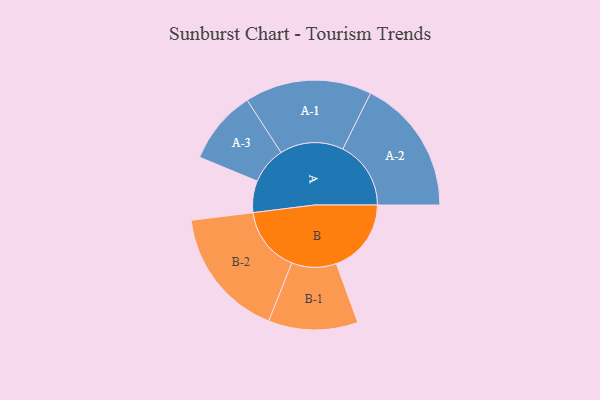
{"axis": {"x": "Segment", "y": "Value"}, "legend": ["", "A", "B"], "data": [{"x": "A", "y": 111, "type": ""}, {"x": "B", "y": 263, "type": ""}, {"x": "A-1", "y": 223, "type": "A"}, {"x": "A-2", "y": 239, "type": "A"}, {"x": "A-3", "y": 130, "type": "A"}, {"x": "B-1", "y": 157, "type": "B"}, {"x": "B-2", "y": 230, "type": "B"}]}